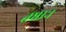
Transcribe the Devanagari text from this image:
तप्ताः।